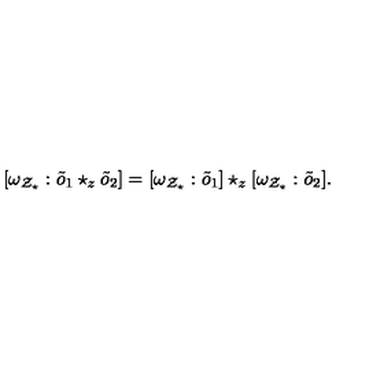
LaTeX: [ \omega _ { { \cal Z } _ { \star } } : \tilde { o } _ { 1 } \star _ { z } \tilde { o } _ { 2 } ] = [ \omega _ { { \cal Z } _ { \star } } : \tilde { o } _ { 1 } ] \star _ { z } [ \omega _ { { \cal Z } _ { \star } } : \tilde { o } _ { 2 } ] .